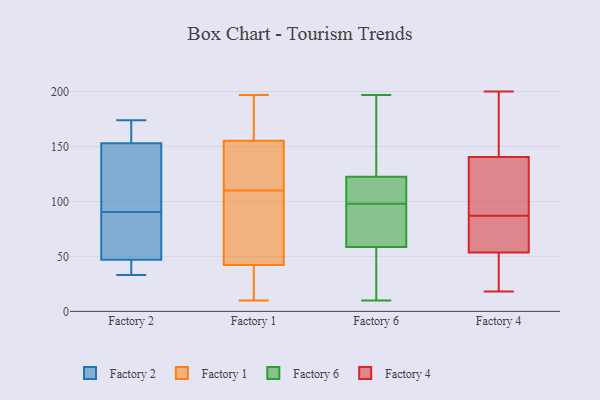
{"axis": {"x": "Conversion Rate (%)", "y": "Value"}, "legend": ["Factory 1", "Factory 2", "Factory 4", "Factory 6"], "data": [{"x": "", "y": 55, "type": "Factory 2"}, {"x": "", "y": 158, "type": "Factory 2"}, {"x": "", "y": 97, "type": "Factory 2"}, {"x": "", "y": 110, "type": "Factory 2"}, {"x": "", "y": 84, "type": "Factory 2"}, {"x": "", "y": 33, "type": "Factory 2"}, {"x": "", "y": 45, "type": "Factory 2"}, {"x": "", "y": 153, "type": "Factory 2"}, {"x": "", "y": 47, "type": "Factory 2"}, {"x": "", "y": 174, "type": "Factory 2"}, {"x": "", "y": 45, "type": "Factory 1"}, {"x": "", "y": 197, "type": "Factory 1"}, {"x": "", "y": 93, "type": "Factory 1"}, {"x": "", "y": 148, "type": "Factory 1"}, {"x": "", "y": 81, "type": "Factory 1"}, {"x": "", "y": 162, "type": "Factory 1"}, {"x": "", "y": 120, "type": "Factory 1"}, {"x": "", "y": 153, "type": "Factory 1"}, {"x": "", "y": 166, "type": "Factory 1"}, {"x": "", "y": 128, "type": "Factory 1"}, {"x": "", "y": 188, "type": "Factory 1"}, {"x": "", "y": 10, "type": "Factory 1"}, {"x": "", "y": 110, "type": "Factory 1"}, {"x": "", "y": 27, "type": "Factory 1"}, {"x": "", "y": 108, "type": "Factory 1"}, {"x": "", "y": 34, "type": "Factory 1"}, {"x": "", "y": 18, "type": "Factory 1"}, {"x": "", "y": 94, "type": "Factory 6"}, {"x": "", "y": 107, "type": "Factory 6"}, {"x": "", "y": 86, "type": "Factory 6"}, {"x": "", "y": 140, "type": "Factory 6"}, {"x": "", "y": 100, "type": "Factory 6"}, {"x": "", "y": 78, "type": "Factory 6"}, {"x": "", "y": 111, "type": "Factory 6"}, {"x": "", "y": 29, "type": "Factory 6"}, {"x": "", "y": 39, "type": "Factory 6"}, {"x": "", "y": 14, "type": "Factory 6"}, {"x": "", "y": 96, "type": "Factory 6"}, {"x": "", "y": 125, "type": "Factory 6"}, {"x": "", "y": 89, "type": "Factory 6"}, {"x": "", "y": 120, "type": "Factory 6"}, {"x": "", "y": 110, "type": "Factory 6"}, {"x": "", "y": 190, "type": "Factory 6"}, {"x": "", "y": 161, "type": "Factory 6"}, {"x": "", "y": 197, "type": "Factory 6"}, {"x": "", "y": 10, "type": "Factory 6"}, {"x": "", "y": 21, "type": "Factory 6"}, {"x": "", "y": 55, "type": "Factory 4"}, {"x": "", "y": 43, "type": "Factory 4"}, {"x": "", "y": 161, "type": "Factory 4"}, {"x": "", "y": 184, "type": "Factory 4"}, {"x": "", "y": 36, "type": "Factory 4"}, {"x": "", "y": 108, "type": "Factory 4"}, {"x": "", "y": 18, "type": "Factory 4"}, {"x": "", "y": 75, "type": "Factory 4"}, {"x": "", "y": 118, "type": "Factory 4"}, {"x": "", "y": 53, "type": "Factory 4"}, {"x": "", "y": 48, "type": "Factory 4"}, {"x": "", "y": 148, "type": "Factory 4"}, {"x": "", "y": 160, "type": "Factory 4"}, {"x": "", "y": 94, "type": "Factory 4"}, {"x": "", "y": 79, "type": "Factory 4"}, {"x": "", "y": 91, "type": "Factory 4"}, {"x": "", "y": 87, "type": "Factory 4"}, {"x": "", "y": 200, "type": "Factory 4"}, {"x": "", "y": 83, "type": "Factory 4"}]}